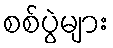
စစ်ပွဲများ